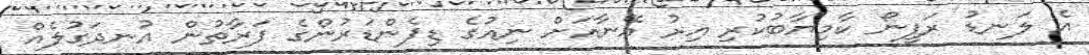
އެ ލަނޑު ރަފީނޯ ކާމިޔާބުކުރި އިރު އޭނާއަށް ނިއުގެ ޑިފެންޑަރުންގެ ފަރާތުން އުނދަގުލެއް